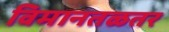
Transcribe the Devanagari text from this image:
विमानतळतर